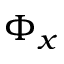
\Phi _ { x }